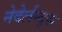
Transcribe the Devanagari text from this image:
नेदेर्लन्द्स